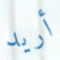
أريد